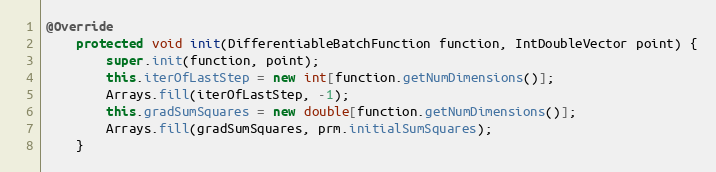
Language: Java
@Override
    protected void init(DifferentiableBatchFunction function, IntDoubleVector point) {
        super.init(function, point);
        this.iterOfLastStep = new int[function.getNumDimensions()];
        Arrays.fill(iterOfLastStep, -1);
        this.gradSumSquares = new double[function.getNumDimensions()];
        Arrays.fill(gradSumSquares, prm.initialSumSquares);
    }